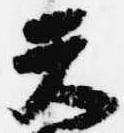
天